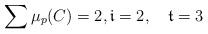
LaTeX: \begin{align*}\sum \mu_p(C)=2, \mathfrak{i} = 2, \quad\mathfrak{t}=3\end{align*}